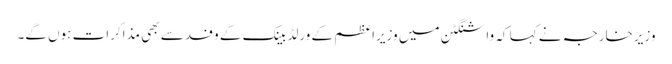
وزیرخارجہ نے کہا کہ واشنگٹن میں وزیراعظم کے ورلڈ بینک کے وفد سے بھی مذاکرات ہوں گے۔